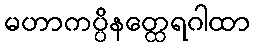
မဟာကပ္ပိနတ္ထေရဂါထာ